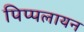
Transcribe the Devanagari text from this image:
पिप्पलायन